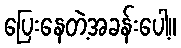
ပြေးနေတဲ့အခန်းပေါ့။